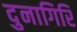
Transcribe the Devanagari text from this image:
दुनागिरि